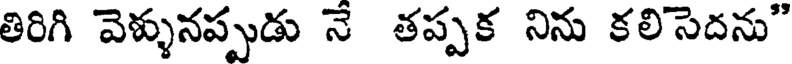
తిరిగి వెళ్ళునప్పుడు నే తప్పక నిను కలిసెదను"